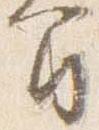
間